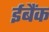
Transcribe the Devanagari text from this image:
ईबैंक